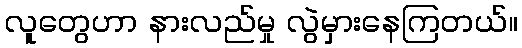
လူတွေဟာ နားလည်မှု လွဲမှားနေကြတယ်။